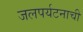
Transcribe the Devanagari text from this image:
जलपर्यटनाची